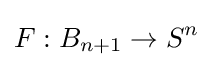
F:B_{n+1}\to S^{n}